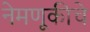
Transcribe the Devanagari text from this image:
नेमणूकीचे